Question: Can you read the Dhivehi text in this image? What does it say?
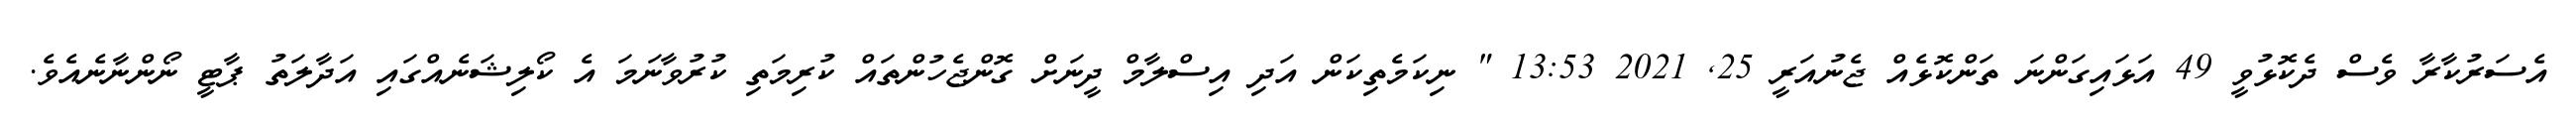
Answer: އެސަރުކާރާ ވެސް ދެކޮޅުވީ 49 އަޅައިގަންނަ ތަންކޮޅެއް ޖެނުއަރީ 25, 2021 13:53 " ނިކަމެތިކަން އަދި އިސްލާމް ދީނަށް ގޮންޖެހުންތައް ކުރިމަތި ކުރުވާނަމަ އެ ކޯލިޝަނެއްގައި އަދާލަތު ޕާޓީ ނޯންނާނެއެވެ.